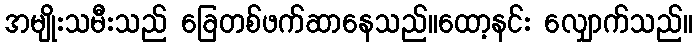
အမျိုးသမီးသည် ခြေတစ်ဖက်ဆာနေသည်။ထော့နင်း လျှောက်သည်။